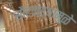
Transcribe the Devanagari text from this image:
सौरवाऱ्यामुळे